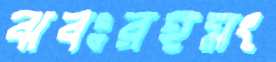
ঝবঃরহমং